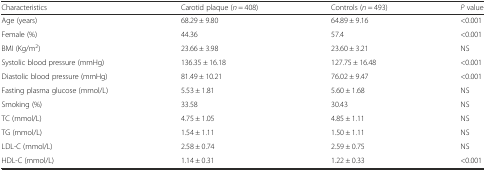
<table><thead><tr><td><b>Characteristics</b></td><td><b>Carotid plaque (<i>n</i> = 408)</b></td><td><b>Controls (<i>n</i> = 493)</b></td><td><b><i>P</i> value</b></td></tr></thead><tbody><tr><td>Age (years)</td><td>68.29 ± 9.80</td><td>64.89 ± 9.16</td><td>&lt;0.001</td></tr><tr><td>Female (%)</td><td>44.36</td><td>57.4</td><td>&lt;0.001</td></tr><tr><td>BMI (Kg/m<sup>2</sup>)</td><td>23.66 ± 3.98</td><td>23.60 ± 3.21</td><td>NS</td></tr><tr><td>Systolic blood pressure (mmHg)</td><td>136.35 ± 16.18</td><td>127.75 ± 16.48</td><td>&lt;0.001</td></tr><tr><td>Diastolic blood pressure (mmHg)</td><td>81.49 ± 10.21</td><td>76.02 ± 9.47</td><td>&lt;0.001</td></tr><tr><td>Fasting plasma glucose (mmol/L)</td><td>5.53 ± 1.81</td><td>5.60 ± 1.68</td><td>NS</td></tr><tr><td>Smoking (%)</td><td>33.58</td><td>30.43</td><td>NS</td></tr><tr><td>TC (mmol/L)</td><td>4.75 ± 1.05</td><td>4.85 ± 1.11</td><td>NS</td></tr><tr><td>TG (mmol/L)</td><td>1.54 ± 1.11</td><td>1.50 ± 1.11</td><td>NS</td></tr><tr><td>LDL-C (mmol/L)</td><td>2.58 ± 0.74</td><td>2.59 ± 0.75</td><td>NS</td></tr><tr><td>HDL-C (mmol/L)</td><td>1.14 ± 0.31</td><td>1.22 ± 0.33</td><td>&lt;0.001</td></tr></tbody></table>